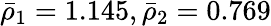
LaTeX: \bar{\rho}_{1}=1.145,\bar{\rho}_{2}=0.769